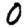
Digit: 0